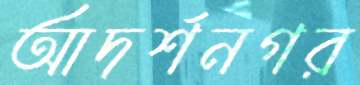
আদর্শনগর